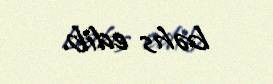
bəhs edib.